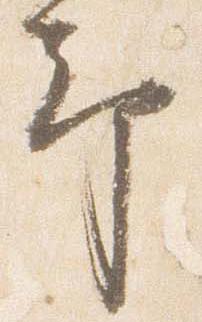
却